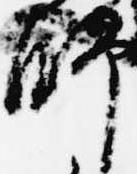
師